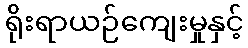
ရိုးရာယဉ်ကျေးမှုနှင့်